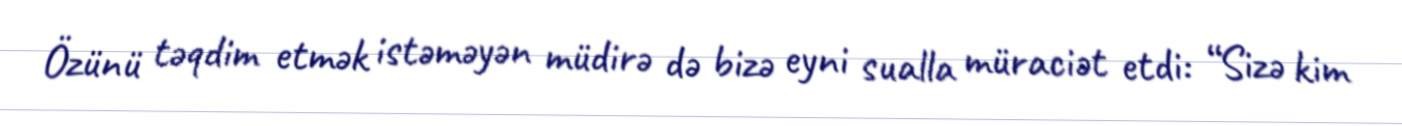
Özünü təqdim etmək istəməyən müdirə də bizə eyni sualla müraciət etdi: “Sizə kim